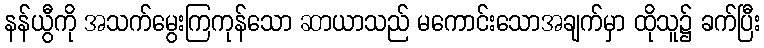
နန်ယွီကို အသက်မွေးကြကုန်သော ဆာယာသည် မကောင်းသောအချက်မှာ ထိုသူ၌ ခက်ပြီး